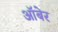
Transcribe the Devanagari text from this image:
ऑबेर